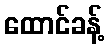
ထောင်ခန့်